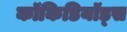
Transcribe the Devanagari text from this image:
कॉकिडियॉड्स